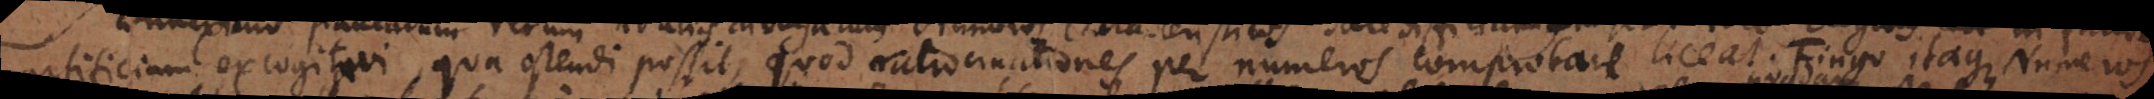
artificium excogitavi, quo ostendi possit, quod ratiocinationes per numeros comprobare liceat. Fingo itaque Numeros